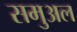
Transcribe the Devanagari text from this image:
समुअल